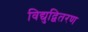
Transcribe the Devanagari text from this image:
विद्युद्वितरण